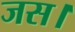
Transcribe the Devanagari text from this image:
जस।